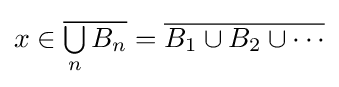
x\in {\overline {{\textstyle \bigcup \limits _{n}}\,B_{n}}}={\overline {B_{1}\cup B_{2}\cup \cdots }}